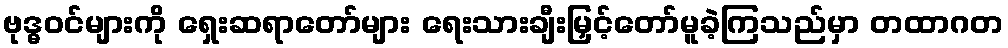
ဗုဒ္ဓဝင်များကို ရှေးဆရာတော်များ ရေးသားချီးမြှင့်တော်မူခဲ့ကြသည်မှာ တထာဂတ